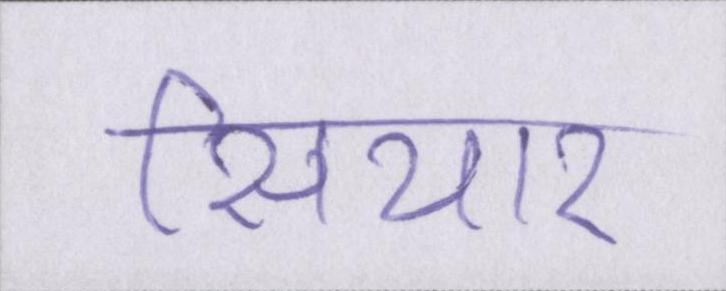
सियार